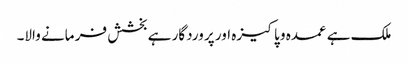
ملک ہے عمدہ و پاکیزہ اور پر وردگار ہے بخشش فر مانے والا۔